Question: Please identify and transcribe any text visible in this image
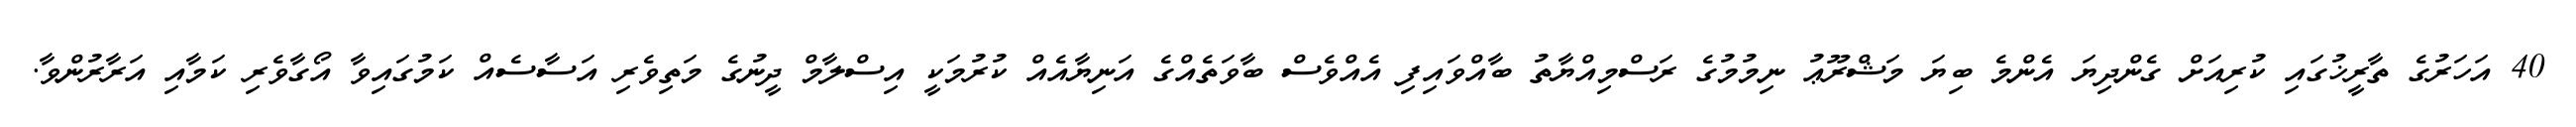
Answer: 40 އަހަރުގެ ތާރީޚުގައި ކުރިއަށް ގެންދިޔަ އެންމެ ބިޔަ މަޝްރޫޢު ނިމުމުގެ ރަސްމިއްޔާތު ބާއްވައިފި އެއްވެސް ބާވަތެއްގެ އަނިޔާއެއް ކުރުމަކީ އިސްލާމް ދީނުގެ މަތިވެރި އަސާސެއް ކަމުގައިވާ އޯގާވެރި ކަމާއި އަރާރުންވާ.